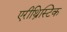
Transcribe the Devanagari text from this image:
एरीथ्रिस्टिक